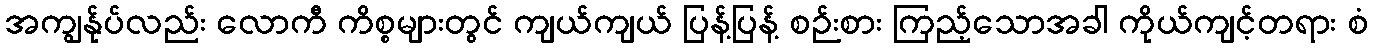
အကျွန်ုပ်လည်း လောကီ ကိစ္စများတွင် ကျယ်ကျယ် ပြန့်ပြန့် စဉ်းစား ကြည့်သောအခါ ကိုယ်ကျင့်တရား စံ